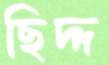
ছিদ্দ